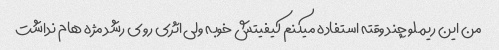
من این ریملو چند وقته استفاده میکنم کیفیتش خوبه ولی اثری روی رشد مژه هام نداشت